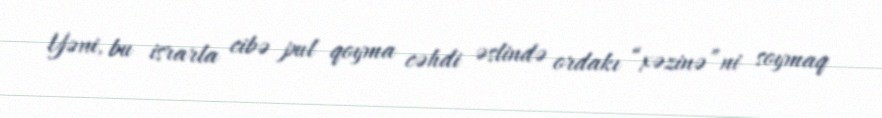
Yəni, bu israrla cibə pul qoyma cəhdi əslində ordakı “xəzinə”ni soymaq